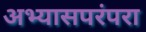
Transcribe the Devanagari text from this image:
अभ्यासपरंपरा